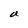
Character: a